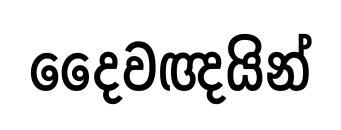
දෛවඥයින්